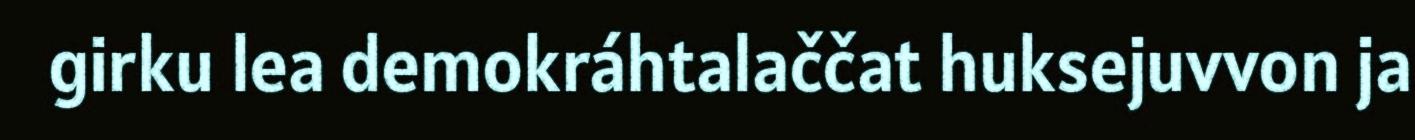
girku lea demokráhtalaččat huksejuvvon ja